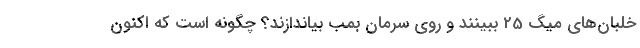
خلبان‌های میگ 25 ببینند و روی سرمان بمب بیاندازند؟ چگونه است که اکنون